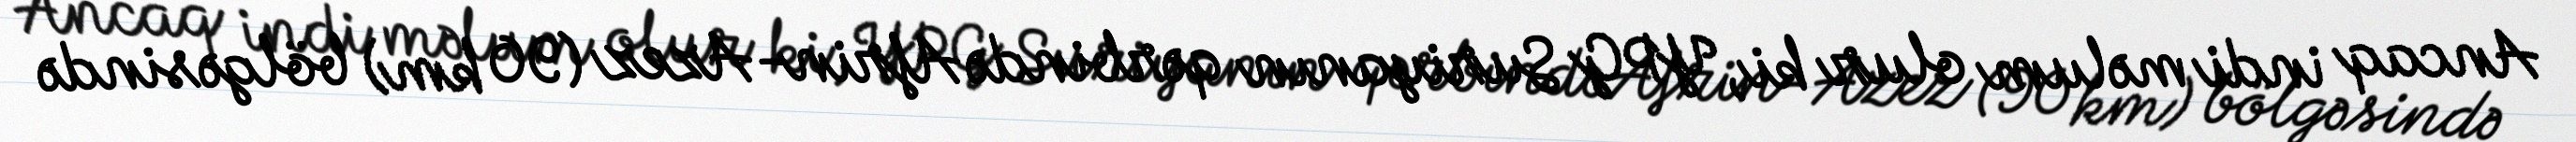
Ancaq indi məlum olur ki, YPG Suriyanın qərbində Afrin-Azez (90 km) bölgəsində